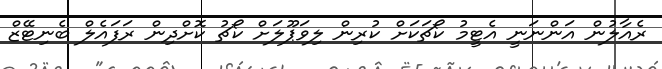
ރެއާލުން އަންނަނީ އެޓީމު ކޯޗަކަށް ކުރިން ލިވަޕޫލަށް ކޯޗު ކޮށްދިން ރަފައެލް ބެނިޓޭޒް